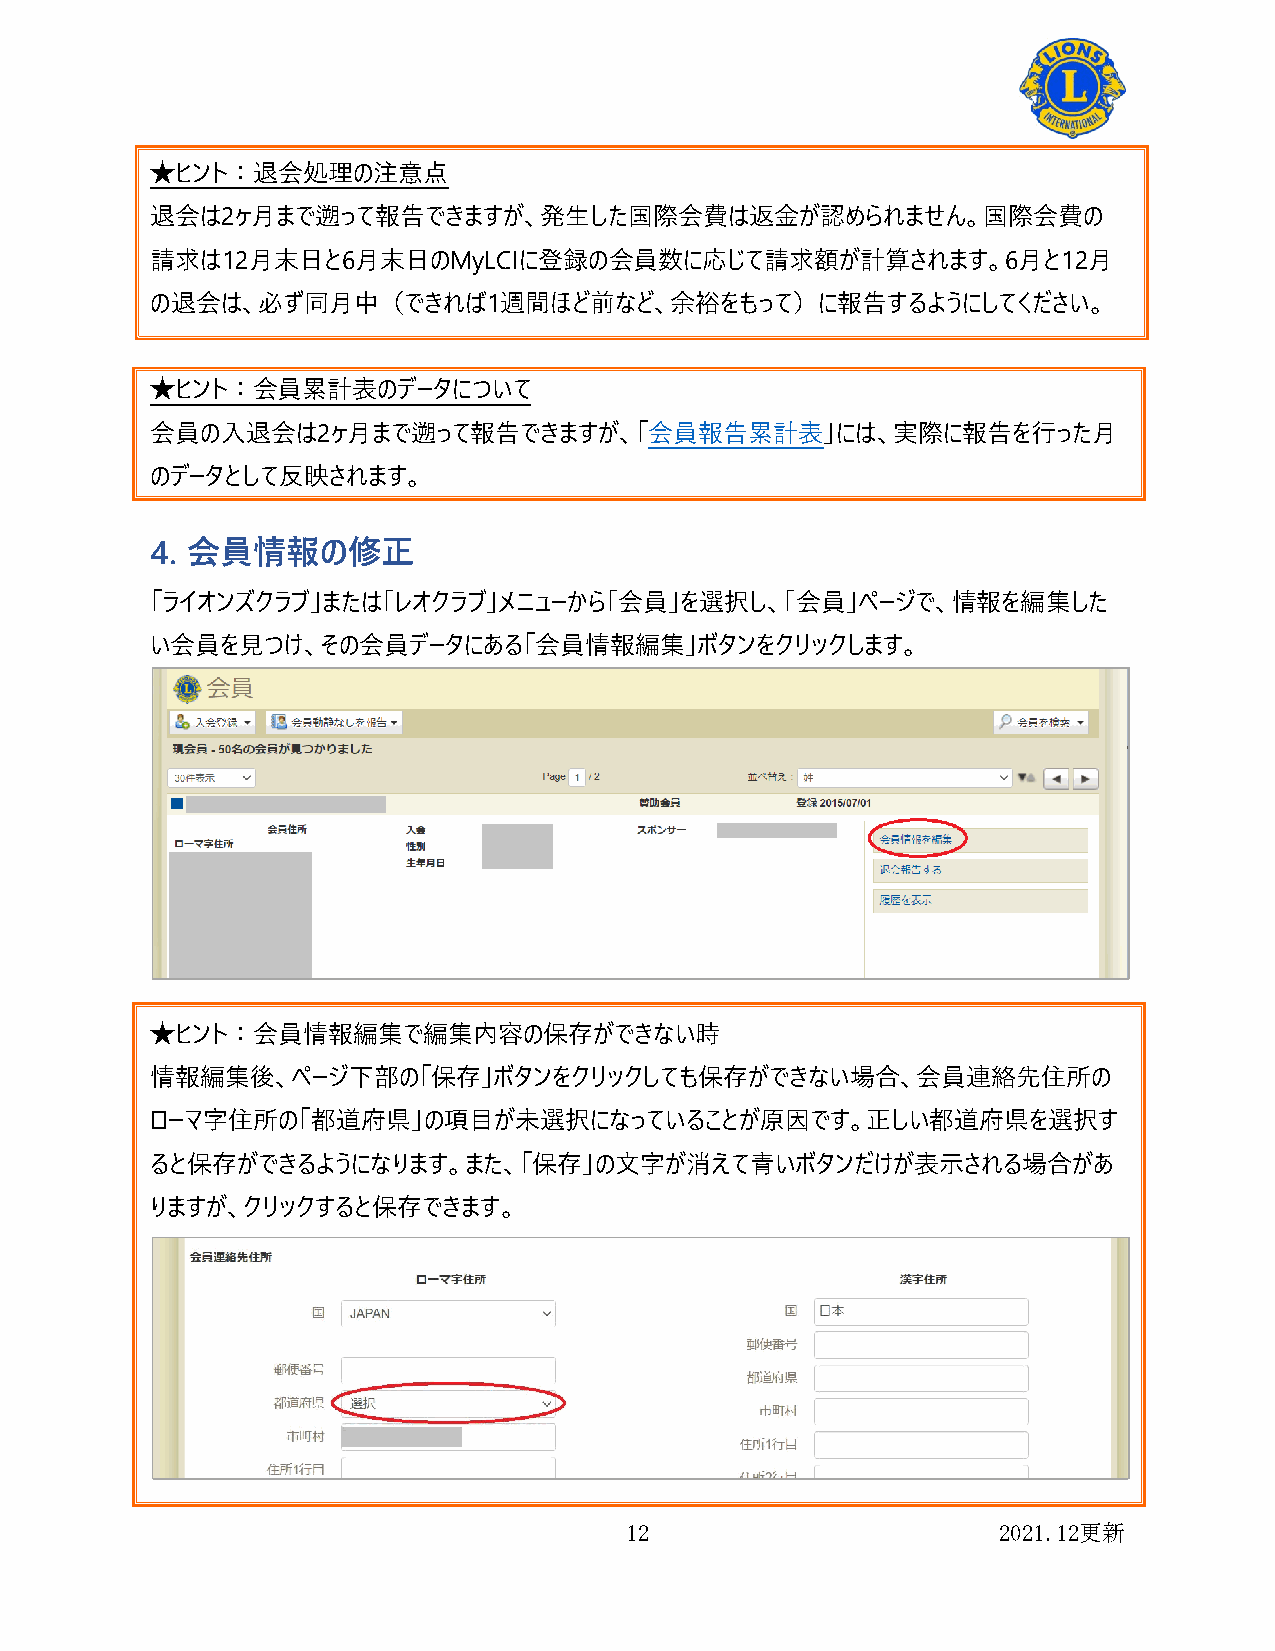
★ヒント：退会処理の注意点
 退会は2ヶ月まで遡って報告できますが、発生した国際会費は返金が認められません。国際会費の
 請求は12月末日と6月末日のMyLCIに登録の会員数に応じて請求額が計算されます。6月と12月
 の退会は、必ず同月中（できれば1週間ほど前など、余裕をもって）に報告するようにしてください。
 ★ヒント：会員累計表のデータについて
 会員の入退会は2ヶ月まで遡って報告できますが、「会員報告累計表」には、実際に報告を行った月
 のデータとして反映されます。
 4. 会員情報の修正
 「ライオンズクラブ」または｢レオクラブ｣メニューから｢会員｣を選択し、｢会員｣ページで、情報を編集した
 い会員を見つけ、その会員データにある「会員情報編集」ボタンをクリックします。
 ★ヒント：会員情報編集で編集内容の保存ができない時
 情報編集後、ページ下部の「保存」ボタンをクリックしても保存ができない場合、会員連絡先住所の
 ローマ字住所の「都道府県」の項目が未選択になっていることが原因です。正しい都道府県を選択す
 ると保存ができるようになります。また、「保存」の文字が消えて青いボタンだけが表示される場合があ
 りますが、クリックすると保存できます。
 12                       2021.12更新